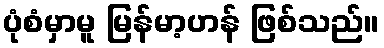
ပုံစံမှာမူ မြန်မာ့ဟန် ဖြစ်သည်။